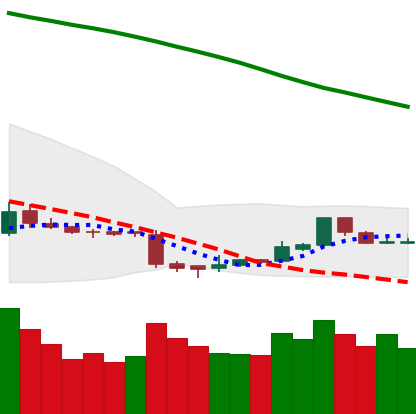
Ticker: ETC-USD
Chart end date: 2018-11-10
Forward return: -18.379%
Label: down_7plus